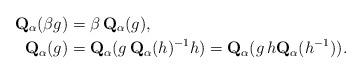
LaTeX: \begin{align*} \mathbf{Q}_\alpha (\beta g) &= \beta \, \mathbf{Q}_\alpha (g),\\ \mathbf{Q}_\alpha (g) &= \mathbf{Q}_\alpha (g \, \mathbf{Q}_\alpha (h)^{-1}h) = \mathbf{Q}_\alpha (g \, h\mathbf{Q}_\alpha (h^{-1})). \end{align*}